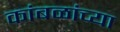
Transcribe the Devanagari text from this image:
कांबळांच्या